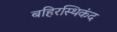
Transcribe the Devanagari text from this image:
बहिरस्थिकंद